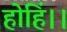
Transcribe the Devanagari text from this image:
होहिं।।